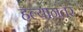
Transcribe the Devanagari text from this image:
हल्यानंतर